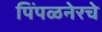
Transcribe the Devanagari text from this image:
पिंपळनेरचे